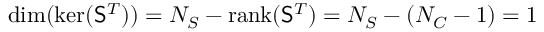
\mathrm { d i m } ( \mathrm { k e r } ( { \mathsf S } ^ { T } ) ) = N _ { S } - \mathrm { r a n k } ( { \mathsf S } ^ { T } ) = N _ { S } - ( N _ { C } - 1 ) = 1